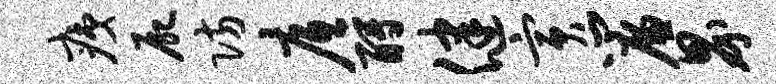
痍尸防底酹健寅帘界